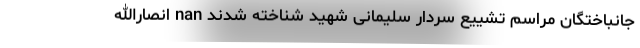
جانباختگان مراسم تشییع سردار سلیمانی شهید شناخته شدند nan انصارالله